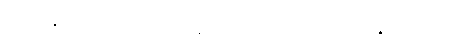
မလုပ်နိုင်ခဲ့တာတွေကို ကျွန်တော့်ကလေးတွေ လုပ်နိုင်စေဖို့ ပါပဲ။